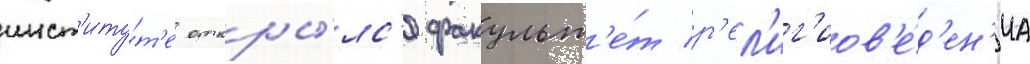
инст'иту́т'е откры́лс'я факульт'е́т р'ел'иг'иов'е́д'ен'иа